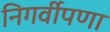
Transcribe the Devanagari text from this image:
निगर्वीपणा